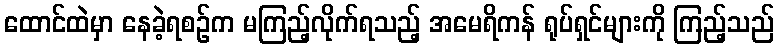
ထောင်ထဲမှာ နေခဲ့ရစဉ်က မကြည့်လိုက်ရသည့် အမေရိကန် ရုပ်ရှင်များကို ကြည့်သည်